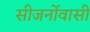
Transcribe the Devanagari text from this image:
सीजर्नोवासी